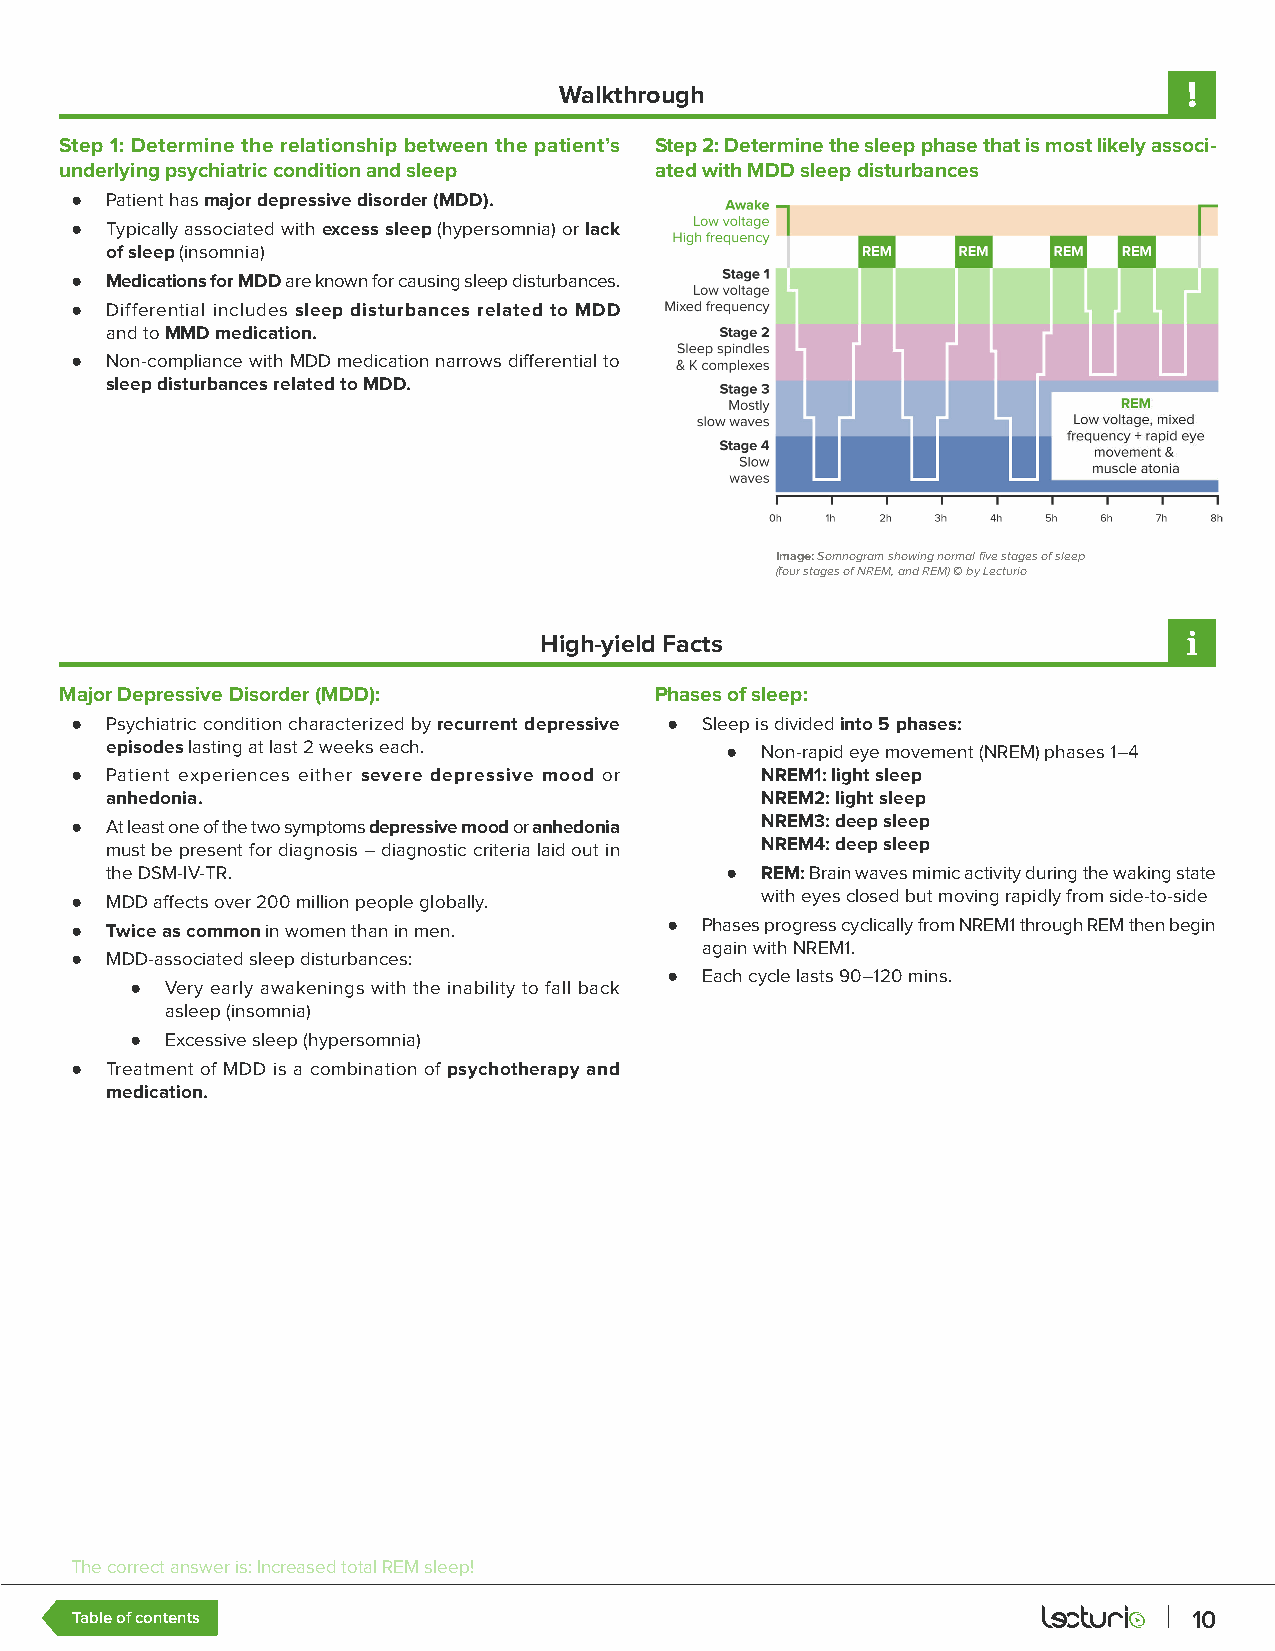
Walkthrough
 Step 1: Determine the relationship between the patient’s Step 2: Determine the sleep phase that is most likely associ-
 underlying psychiatric condition and sleep ated with MDD sleep disturbances
 ● Patient has major depressive disorder (MDD).
 ● Typically associated with excess sleep (hypersomnia) or lack
 of sleep (insomnia)
 ● Medications for MDD are known for causing sleep disturbances.
 ● Differential includes sleep disturbances related to MDD
 and to MMD medication.
 ● Non-compliance with MDD medication narrows differential to
 sleep disturbances related to MDD.
 Image: Somnogram showing normal five stages of sleep
 (four stages of NREM, and REM) © by Lecturio
 High-yield Facts
 Major Depressive Disorder (MDD):       Phases of sleep:
 ● Psychiatric condition characterized by recurrent depressive ● Sleep is divided into 5 phases:
 episodes lasting at last 2 weeks each.   ● Non-rapid eye movement (NREM) phases 1–4
 ● Patient experiences either severe depressive mood or NREM1: light sleep
 anhedonia.                                 NREM2: light sleep
 ● At least one of the two symptoms depressive mood or anhedonia NREM3: deep sleep
 must be present for diagnosis – diagnostic criteria laid out in NREM4: deep sleep
 the DSM-IV-TR.                           ● REM: Brain waves mimic activity during the waking state
 ● MDD affects over 200 million people globally. with eyes closed but moving rapidly from side-to-side
 ● Twice as common in women than in men. ● Phases progress cyclically from NREM1 through REM then begin
 again with NREM1.
 ● MDD-associated sleep disturbances:
 ● Each cycle lasts 90–120 mins.
 ● Very early awakenings with the inability to fall back
 asleep (insomnia)
 ● Excessive sleep (hypersomnia)
 ● Treatment of MDD is a combination of psychotherapy and
 medication.
 The correct answer is: Increased total REM sleep!
 Table of contents                                                         10